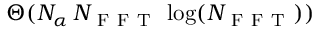
\Theta ( N _ { \alpha } \, N _ { \mathrm { ~ F ~ F ~ T ~ } } \, \log ( N _ { \mathrm { ~ F ~ F ~ T ~ } } ) )